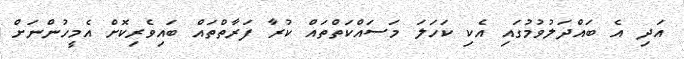
އަދި އެ ބައްދަލުވުމުގައި އެކި ކަހަލަ މަސައްކަތްތައް ކުރާ ފަރާތްތައް ބައިވެރިކޮށް އެމީހުންނަށް